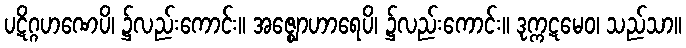
ပဋိဂ္ဂဟဏေပိ၊ ၌လည်းကောင်း။ အဇ္ဈောဟာရေပိ၊ ၌လည်းကောင်း။ ဒုက္ကဋမေဝ၊ သည်သာ။